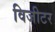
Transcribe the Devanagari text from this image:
विजीटर